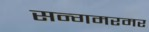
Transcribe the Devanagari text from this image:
सन्गमरमर